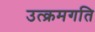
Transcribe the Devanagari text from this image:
उत्क्रमगति